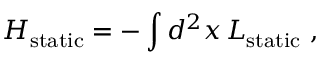
H _ { \mathrm { s t a t i c } } = - \int d ^ { 2 } x \, { \cal L } _ { \mathrm { s t a t i c } } \ ,